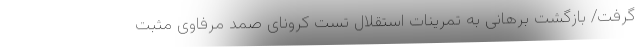
گرفت/ بازگشت برهانی به تمرینات استقلال تست کرونای صمد مرفاوی مثبت